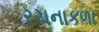
રચનાકળા